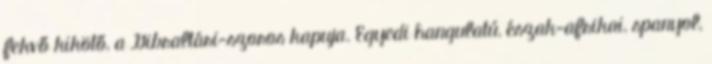
fekvő kikötő, a Gibraltári-szoros kapuja. Egyedi hangulatú, észak-afrikai, spanyol,